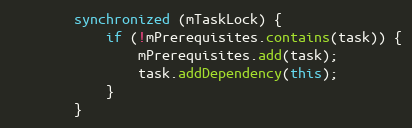
Language: Java
        synchronized (mTaskLock) {
            if (!mPrerequisites.contains(task)) {
                mPrerequisites.add(task);
                task.addDependency(this);
            }
        }